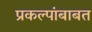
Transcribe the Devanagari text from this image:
प्रकल्पांबाबत